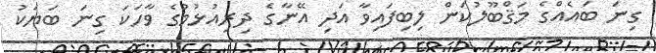
ގިނަ ބައެއްގެ މަޤްބޫލުކަން ލިބިފައިވާ އަދި އޭނާާގެ ދިރިއުޅުމުގެ ވާހަކަ ގިނަ ބަޔަކު